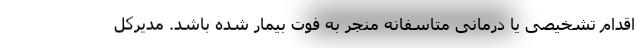
اقدام تشخیصی یا درمانی متاسفانه منجر به فوت بیمار شده باشد. مدیرکل